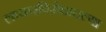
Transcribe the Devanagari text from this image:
लष्करविरोधातल्या